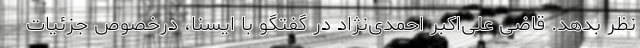
نظر بدهد. قاضی علی‌اکبر احمدی‌نژاد در گفتگو با ایسنا، درخصوص جزئیات